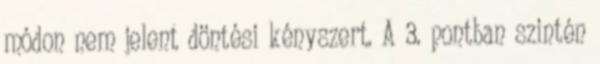
módon nem jelent döntési kényszert. A 3. pontban szintén